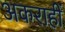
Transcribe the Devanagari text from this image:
अकराहीं